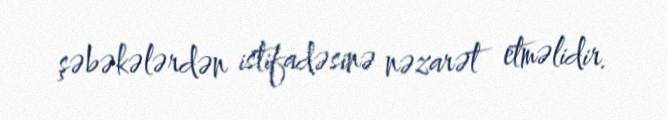
şəbəkələrdən istifadəsinə nəzarət etməlidir.